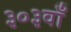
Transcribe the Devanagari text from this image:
३०३वाँ